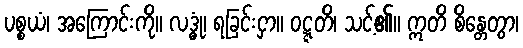
ပစ္စယံ၊ အကြောင်းကို။ လဒ္ဓုံ၊ ရခြင်းငှာ။ ဝဋ္ဋတိ၊ သင့်၏။ ဣတိ စိန္တေတွာ၊